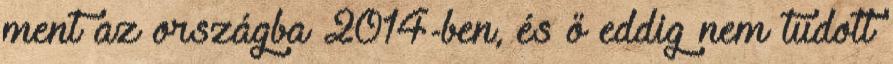
ment az országba 2014-ben, és ő eddig nem tudott